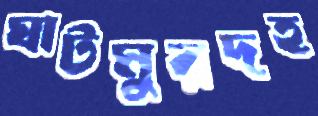
ঘাটমুরদহ